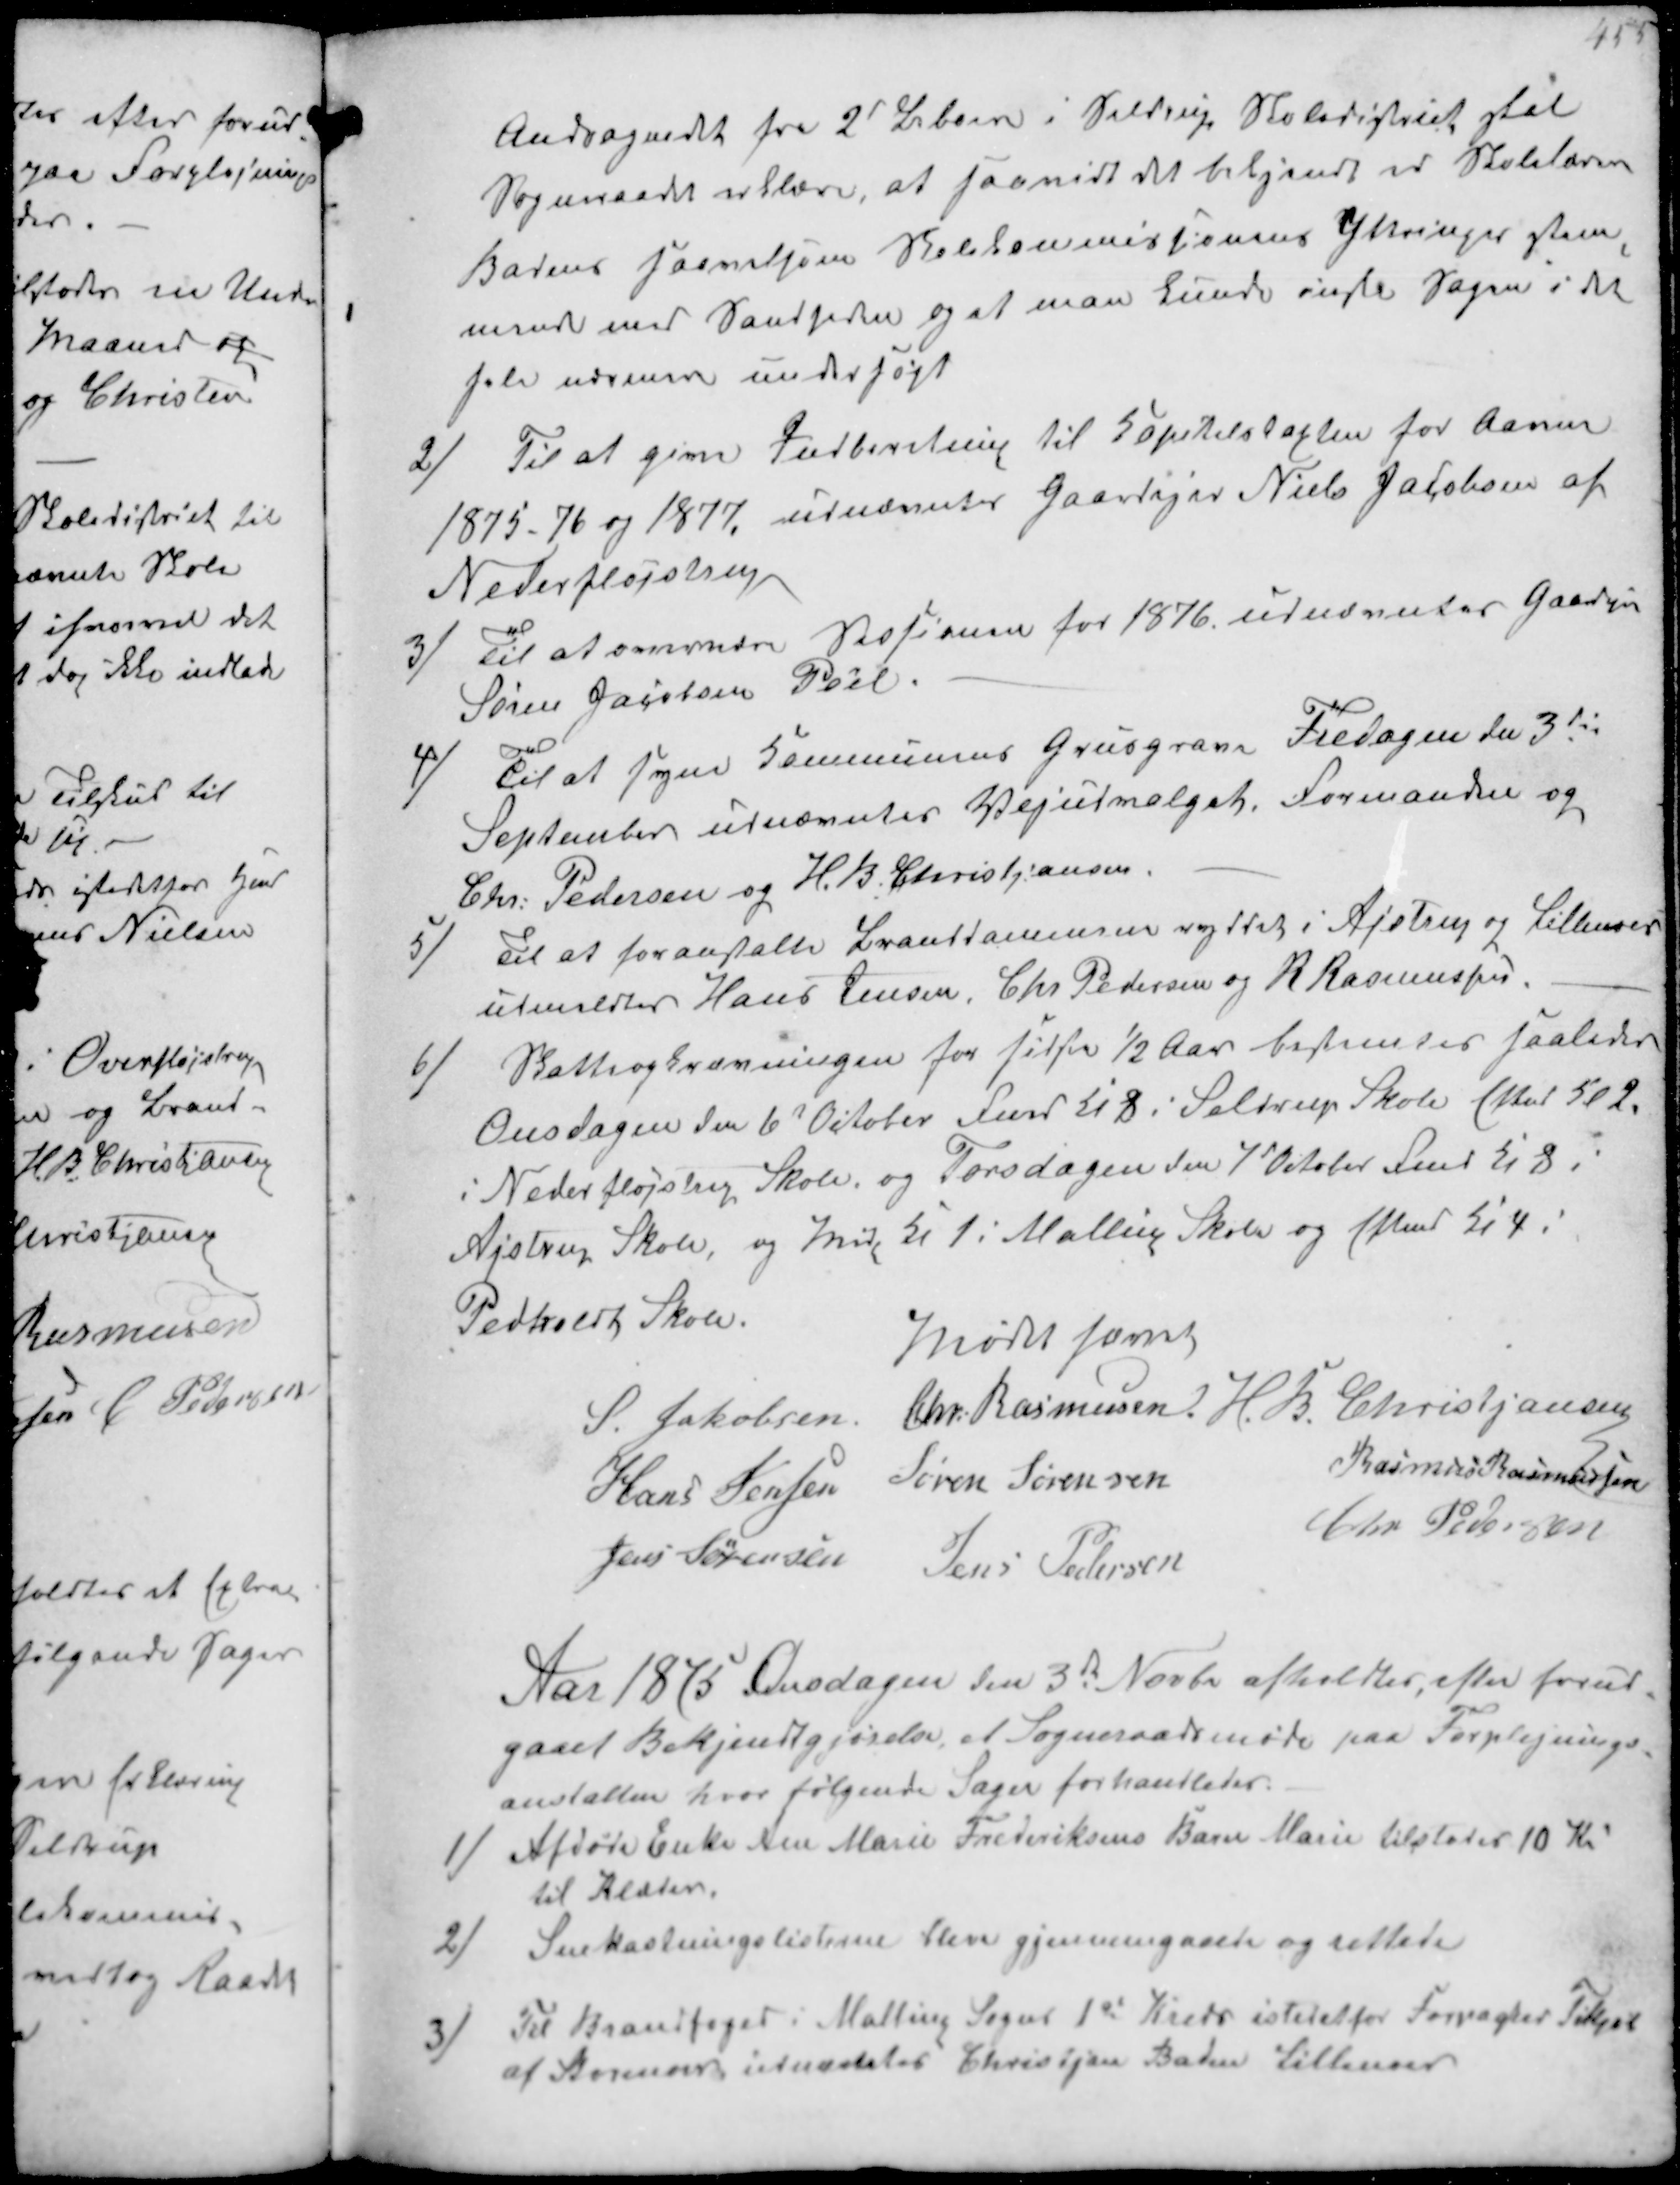
Transskription:
Andragendet fra 2' Beboere i Seldrup Skoledistrict skal
Sogneraadet erklære, at saavidt det bekjendt er Skolelæren
Badens saavelsom Skolekommissionens Ytringer stem-
mende med Sandheden og at man kunde anse Sagen i det
hele  undersøgt

2/
Til at give Indberetning til Kapiteltaxten for Aarene
1875-76 og 1877, udnævntes Gaardejer Niels Jacobsen af
Nederfløjstrup

3/
til at overvære Sessionen for 1876 udnævntes Gaardejer
Søren Jacobsen Pøel.

4/
Til at syne Kommunens Grusgrave Fredagen den 3d
September udnævntes Vejudvalget. Formanden og
Chr. Pedersen og H.B. Christjansen

5/
Til at foranstalte Branddammen ryddet i Ajstrup og Lillenoer
udmeldtes Hans Jensen, Chr. Pedersen og N Rasmussen

6/
Skatteopkrævningen for første ½ Aar bestemtes såaledes
Onsdagen den 6d October Fmd Kl 8 i Seldrup Skole Eftmd Kl 2.
i Nederfløjstrup Skole og Torsdagen den 7 October Fmd Kl 8 i
Ajstrup Skole, og Emd Kl 1 i Malling Skole og Eftmd Kl 4 i
Pedholdt Skole

Mødet hævet.
S Jakobsen Chr Rasmussen H.B. Christjansen
Hans Jensen Søren Sørensen
Rasmus Rasmussen
Jens Sørensen Jens Pedersen
Chr. Pedersen

Aar 1875 Onsdagen den 3de Novbr afholdtes efter forud-
gaaet Bekjendtgjørelse, et Sogneraadsmøde paa Forplejnings-
anstalten hvor følgende Sager forhandledes.
1/
Afdøde Enke Ane Marie Frederiksens Barn Marie tilstodes 10 Kr
til Klæder.
2/
Snekastningslisterne bleve gjennemgaaede og rettede
3/
Til Brandfoged i Malling Sogns 1st Kreds istedetfor Forpagter Tikjøb
af Storenoer udnævtes Christjan Baden Lillenoer